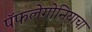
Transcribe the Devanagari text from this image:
पॅफलेगोनियाचा